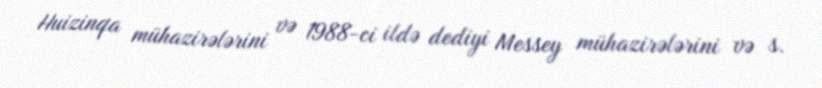
Huizinqa mühazirələrini və 1988-ci ildə dediyi Messey mühazirələrini və s.